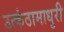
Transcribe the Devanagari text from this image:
उत्कंठामाधुरी